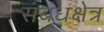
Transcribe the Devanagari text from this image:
सबंधक्षेत्र